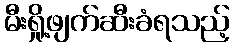
မီးရှို့ဖျက်ဆီးခံရသည့်